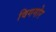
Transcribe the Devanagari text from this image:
विगमोर